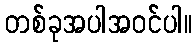
တစ်ခုအပါအဝင်ပါ။